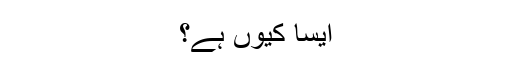
ایسا کیوں ہے؟